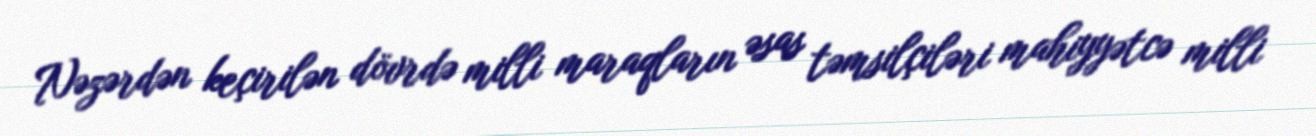
Nəzərdən keçirilən dövrdə milli maraqların əsas təmsilçiləri mahiyyətcə milli